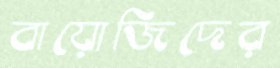
বায়োজিদের